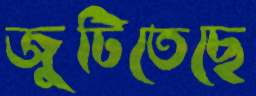
জুটিতেছে